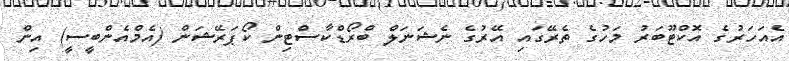
އެއަހަރުގެ އޮކްޓޫބަރު މަހުގެ ތެރޭގައި އޭރުގެ ނެޝަނަލް ބްރޯޑްކާސްޓިން ކޯޕަރޭޝަން (އެމްއެންބީސީ) އިން